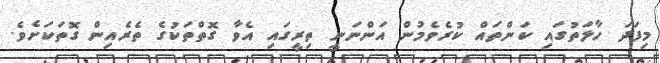
މިފަދަ ހާލަތުގައި ކަންތައް ކުރެވެމުން އަންނަނީ ތިރީގައި އެވާ ގޮތްތަކުގެ ތެރެއިން ގޮތަކަށެވެ.